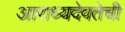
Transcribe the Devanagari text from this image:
आराध्यदेवतेची